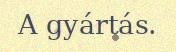
A gyártás.